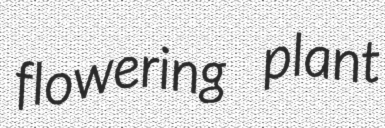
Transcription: flowering plant